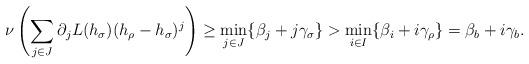
LaTeX: \begin{align*}\nu\left(\sum_{j\in J}\partial_jL(h_\sigma)(h_\rho-h_\sigma)^j\right)\geq\min_{j\in J}\{\beta_j+j\gamma_\sigma\}>\min_{i\in I}\{\beta_i+i\gamma_\rho\}=\beta_b+i\gamma_b.\end{align*}